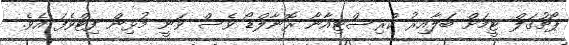
ޕޯޗުގަލް ޓީމަށް ބަލާއިރު ކްރިސްޓިއާނޯ ރޮނާލްޑޯ ވެސް ވަނީ މުޅިން ފިޓްވެފަ އެވެ.